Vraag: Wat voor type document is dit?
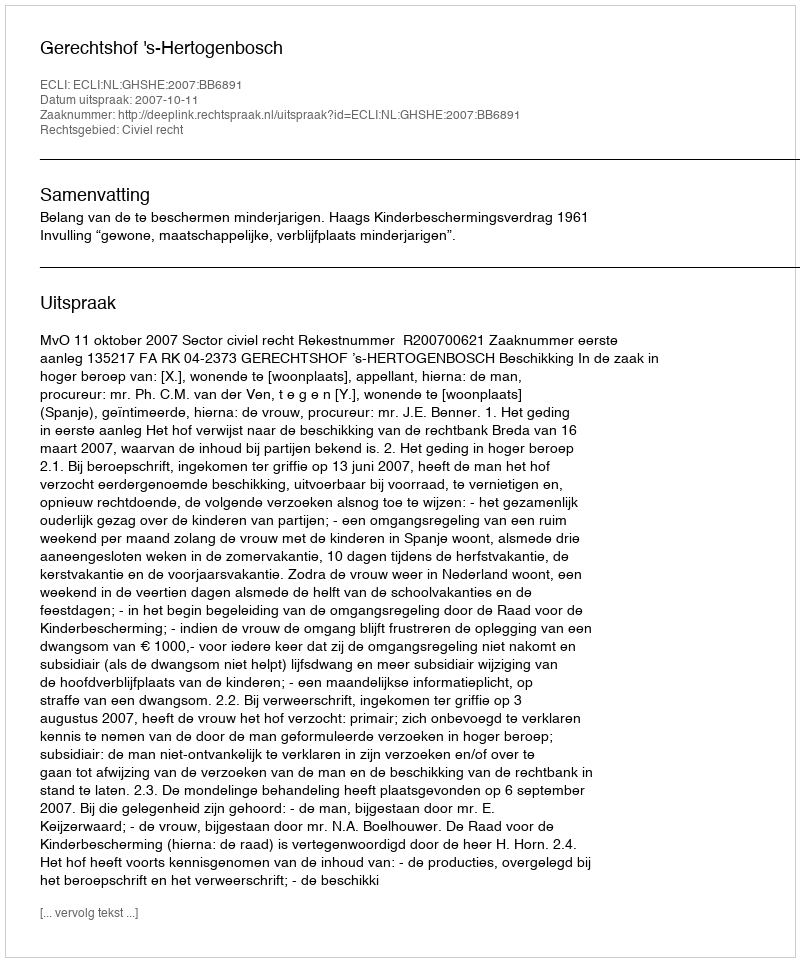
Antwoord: Uitspraak